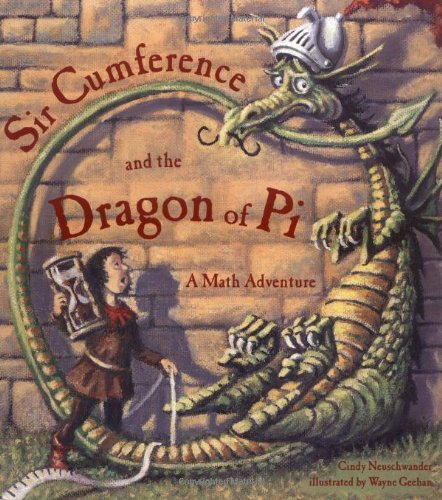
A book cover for Sir Cumference and the Dragon of Pi (A Math Adventure); Cindy Neuschwander; Children's Books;